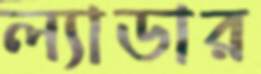
ল্যাডার